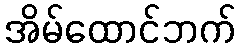
အိမ်ထောင်ဘက်